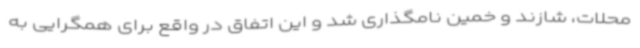
محلات، شازند و خمین نامگذاری شد و این اتفاق در واقع برای همگرایی به